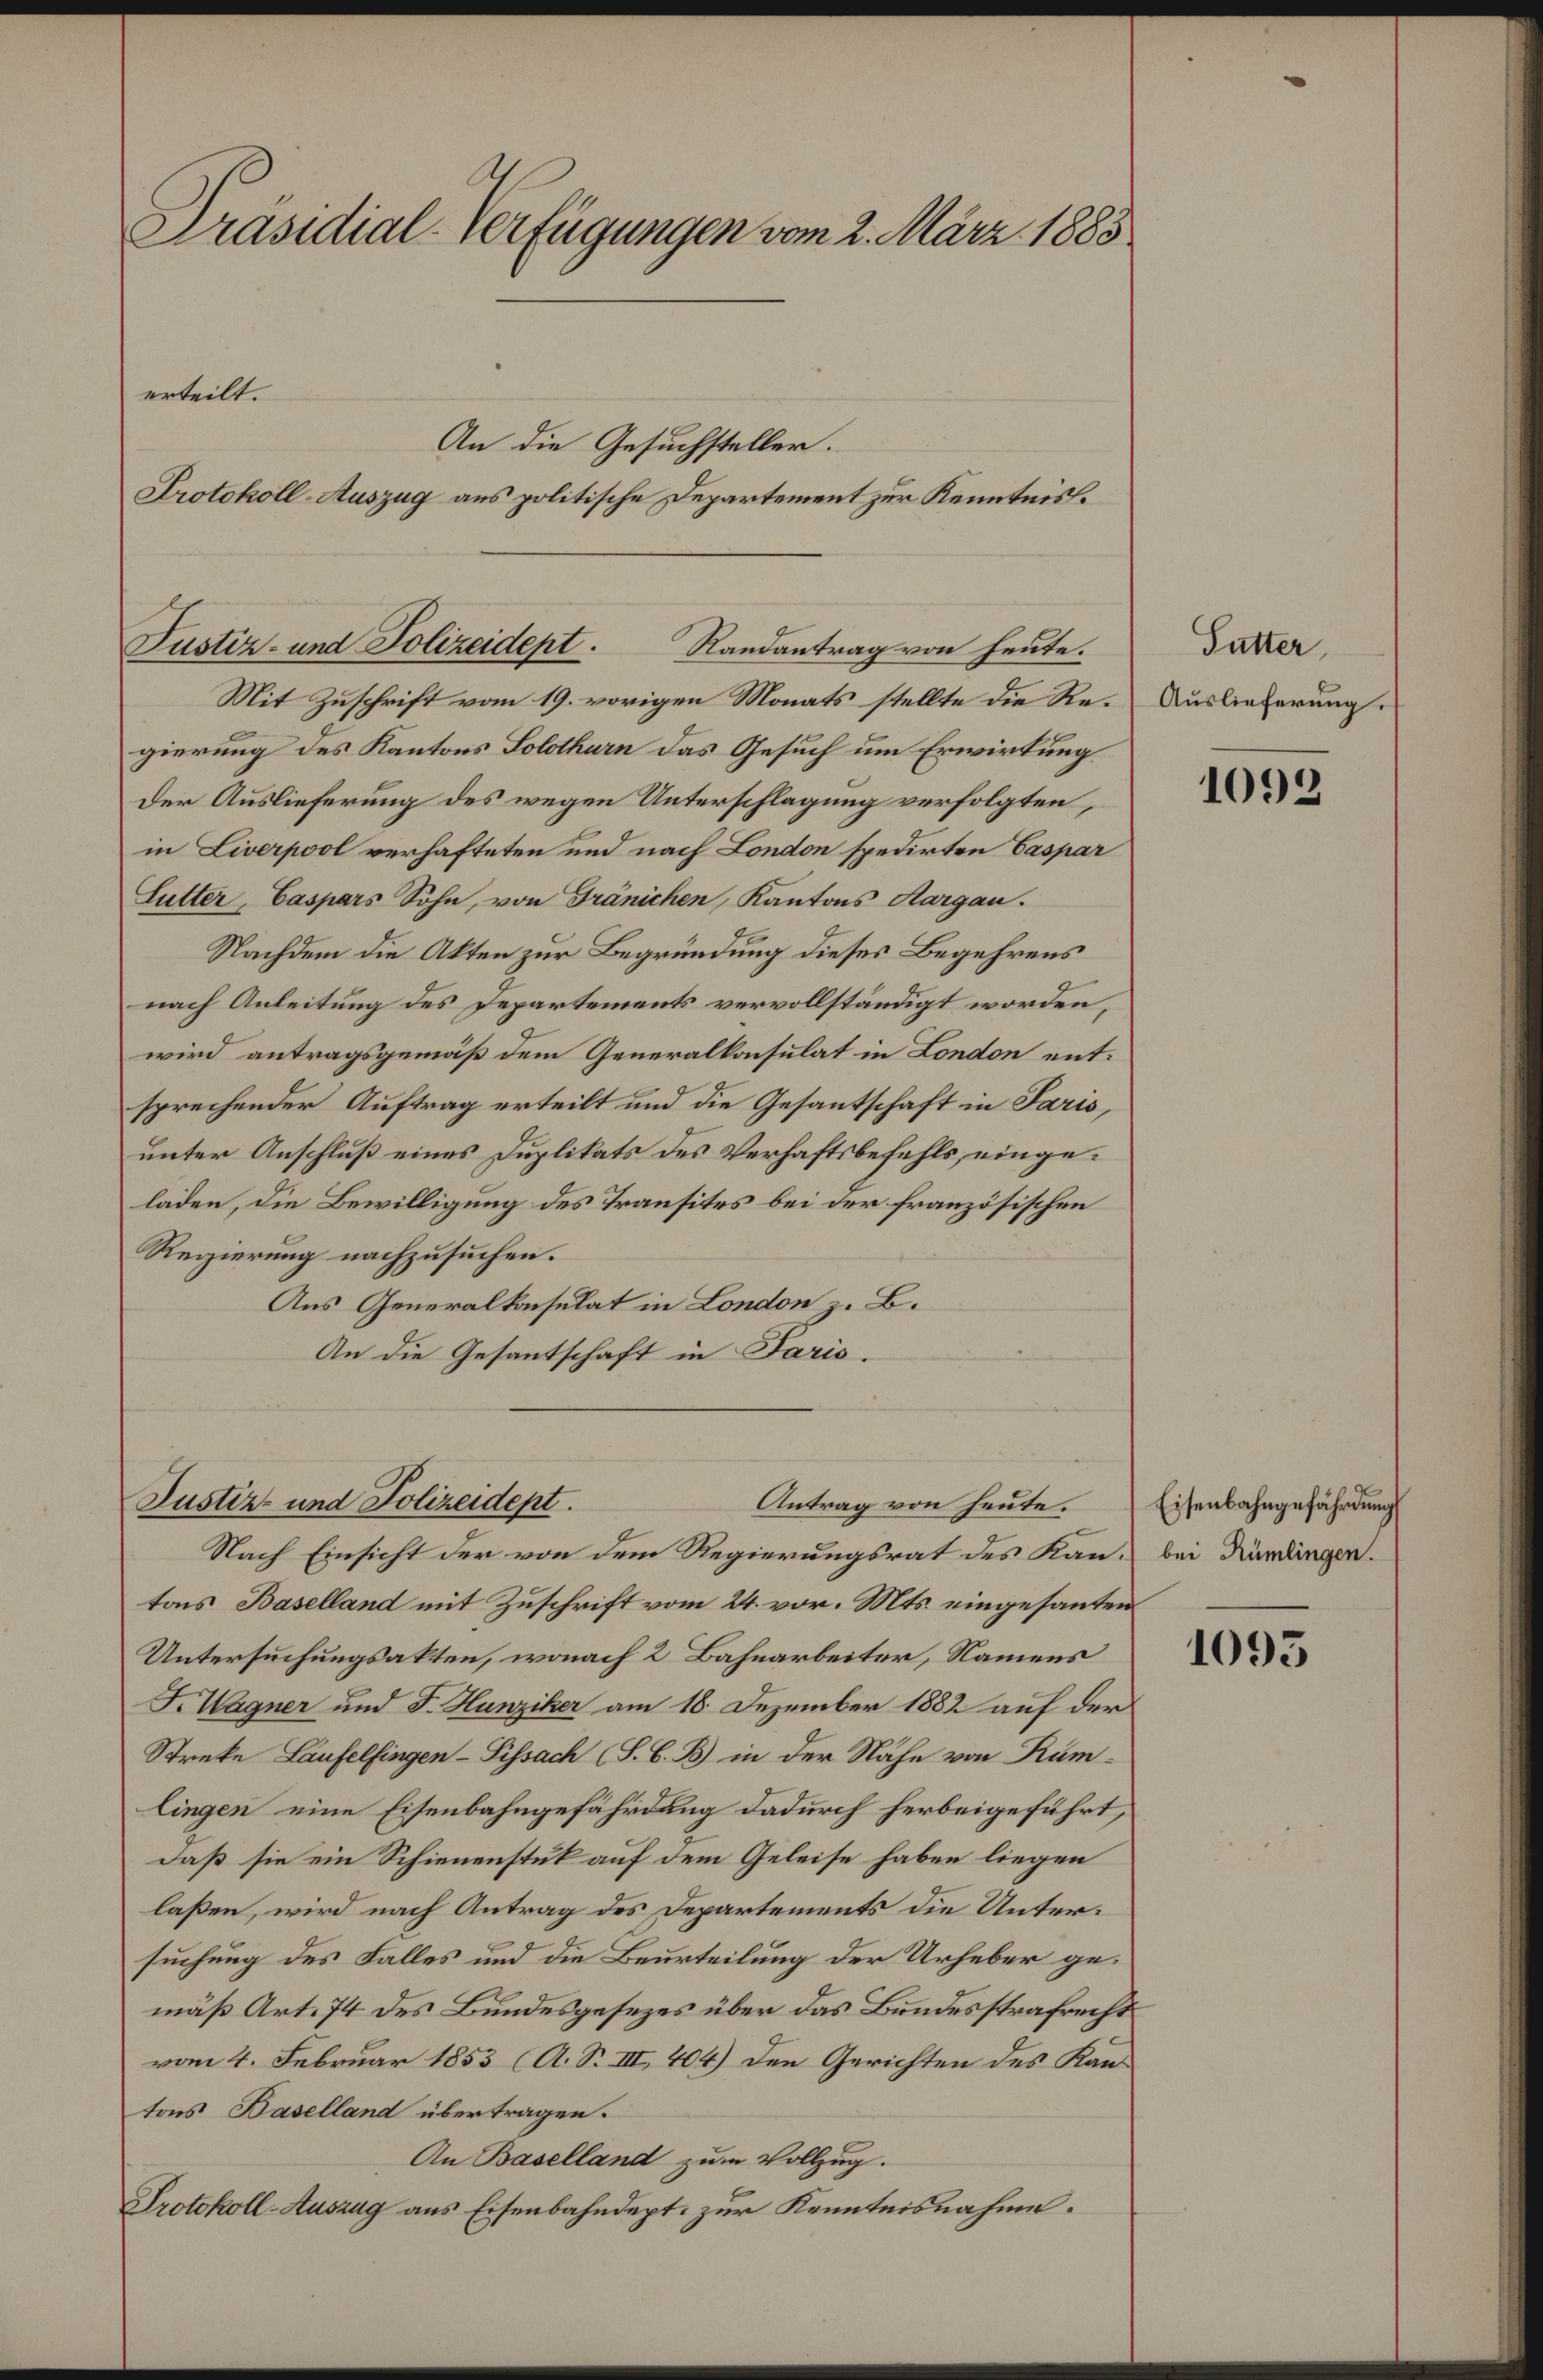
Präsidial-Verfügungen vom 2. März 1883
erteilt.
An die Gesuchsteller.
Protokoll-Auszug aus politische Departement zur Kenntnis¬

Mit Zuschrift vom 19. vorigen Monats stellte die Regierung des Kantons Solothurn das Gesuch um Erwirkung
Der Auslieferung des wegen Unterschlagung verfolgten,
in Liverpool verhafteten und nach London spedirten Caspar
Lutter, Caspars Sohn, von Gränichen, Kantons Aargau.
Nachdem die Akten zur Begründung dieses Begehrens
nach Anleitung des Departements vervollständigt worden,
wird antragsgemäß dem Generalkonsulat in London entsprechender Auftrag erteilt und die Gesantschaft in Paris,
unter Anschluß eines Duplikats des Verhaftsbefehls, eingeladen, die Bewilligung des Transites bei der französischen
Regierung nachzusuchen.
Aus Generalkonsulat in London z. B.
An die Gesantschaft in Paris.
Justiz- und Polizeidept.
Antrag von heute.
Nach Einsicht der von dem Regierungsrat des Kan- bei Kündingen.
tons Baselland mit Zuschrift vom 24. vor. Mts. eingesandten
Untersuchungsakten, wonach 2 Bahnarbeiter, Namens
F. Wagner und J. Hunziker am 18. Dezember 1882 auf der
Streke Laufelfingen - Sissach (S. G. B. in der Nähe von Rümlingen eine Eisenbahngefährdung dadurch herbeigeführt,
daß sie ein Schienenstuk auf dem Geleise haben liegen
laßen, wird nach Antrag des Departements die Untersuchung des Falles und die Beurteilung der Urheber gemäß Art. 74 des Bundesgesezes über das Bundesstrafrecht
vom 4. Februar 1853 (A. S. III, 404) den Gerichten des Kantons Baselland übertragen.
An Baselland zum Vollzug.
Protokoll-Auszug aus Eisenbahndept. zur Kenntnisnahme.

Justiz- und Polizeidept. Randantrag von heute.

Futter
Auslieferung.

1092

Eisenbahngefährdung

1093